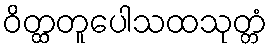
ဝိတ္ထတူပေါသထသုတ္တံ